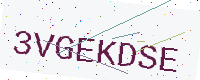
Text: 3VGEKDSE